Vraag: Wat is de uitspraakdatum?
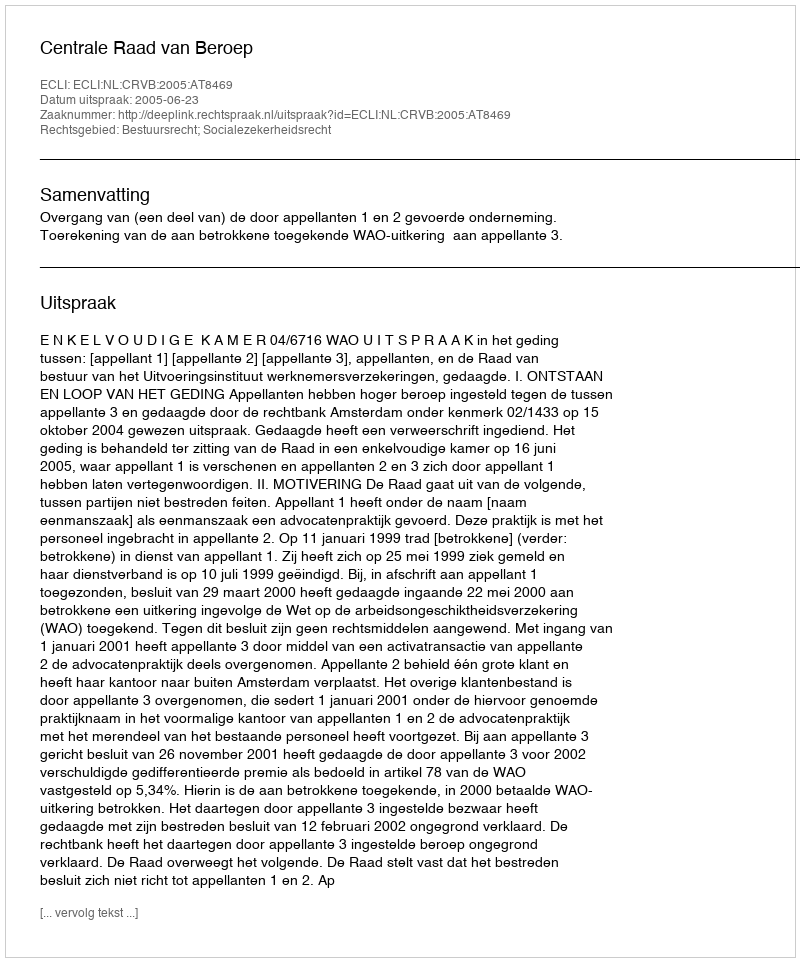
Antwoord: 2005-06-23